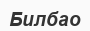
Билбао